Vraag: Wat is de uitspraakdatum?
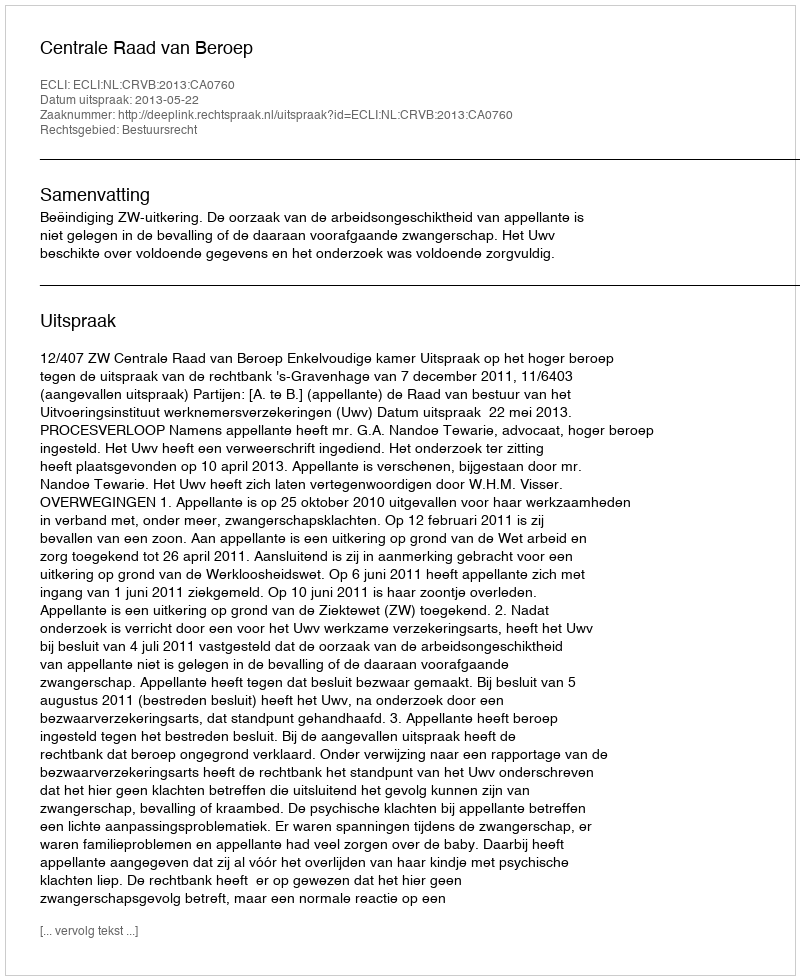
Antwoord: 2013-05-22